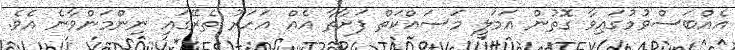
އެއްބަސްވުމުގައިވާ ގޮތުން އަމަލީ މަސައްކަތް ފަށާތާ އެއް އަހަރު ތެރޭގައި ނިންމަންވާނެ އެވެ.